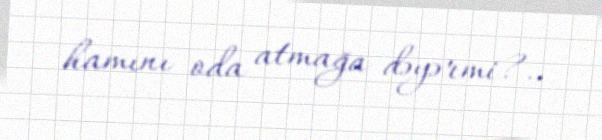
hamını oda atmağa dəyərmi?..